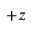
+ z